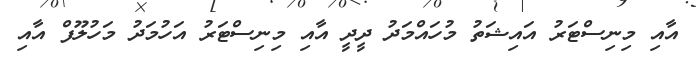
އާއި މިނިސްޓަރު އައިޝަތު މުހައްމަދު ދީދީ އާއި މިނިސްޓަރު އަހުމަދު މަހުލޫފް އާއި